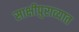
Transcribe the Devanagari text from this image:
साक्षीपुराव्यात